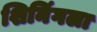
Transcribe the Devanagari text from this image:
शिनिंगला